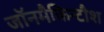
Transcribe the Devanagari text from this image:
जॉनमैकिन्टौश